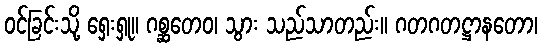
ဝင်ခြင်းသို့ ရှေးရှု။ ဂစ္ဆတေဝ၊ သွား သည်သာတည်း။ ဂတဂတဋ္ဌာနတော၊